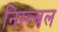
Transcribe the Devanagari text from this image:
निम्न्बल